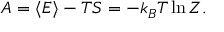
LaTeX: A = \langle E \rangle - T S = - k _ { B } T \ln Z .